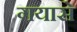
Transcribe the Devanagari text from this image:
गयासे